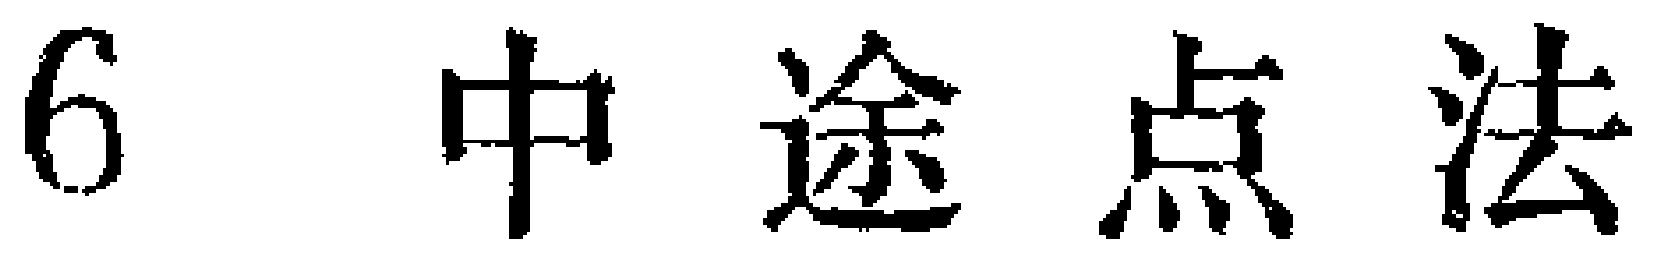
6 中途点法